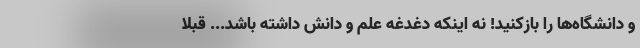
و دانشگاه‌ها را بازکنید! نه اینکه دغدغه علم و دانش داشته باشد... قبلا